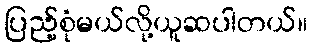
ပြည့်စုံမယ်လို့ယူဆပါတယ်။